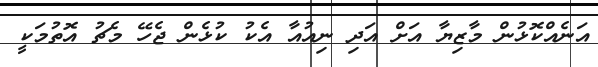
އަނެއްކޮޅުން މާޒިޔާ އަށް އަދި ނިއުއާ އެކު ކުޅެން ޖެހޭ މެޗު އޮތުމަކީ